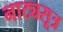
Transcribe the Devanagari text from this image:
नाट्यसूत्र